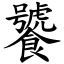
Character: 饕